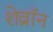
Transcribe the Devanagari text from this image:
शेव्रॉन